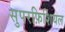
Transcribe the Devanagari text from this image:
सुपरफ़िशियल